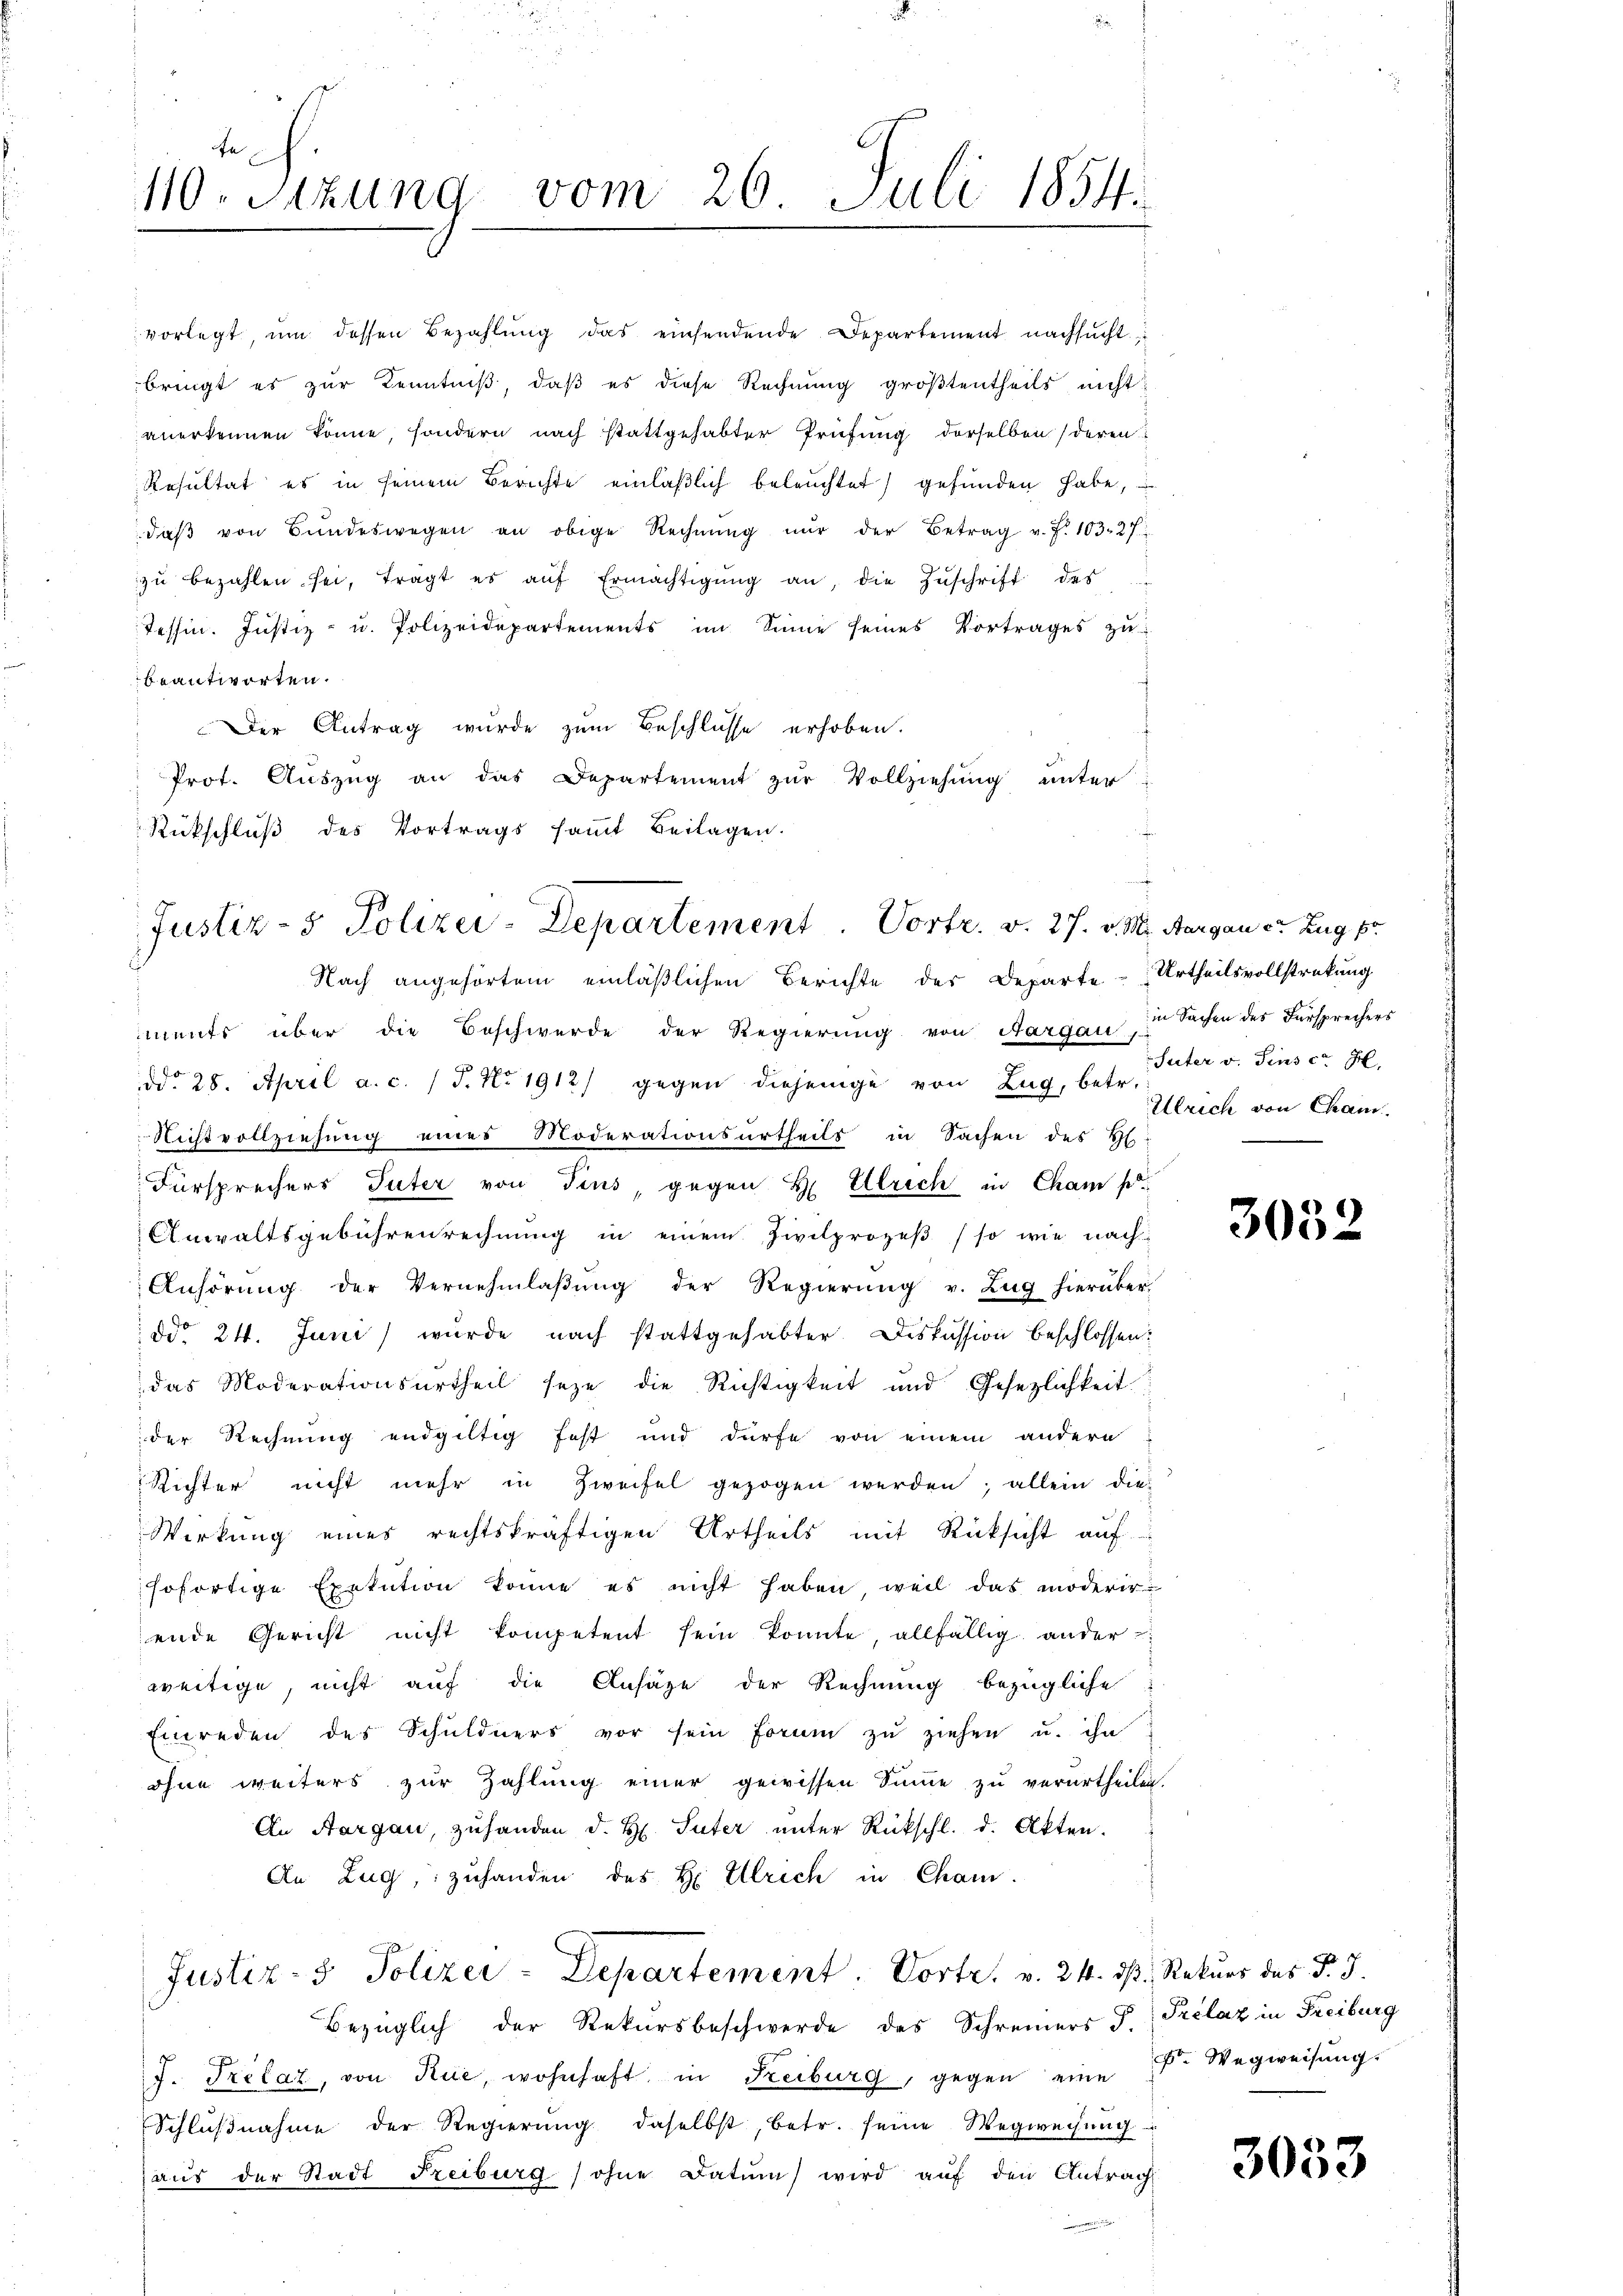
110. Sitzung vom 26. Juli 1854.

vorlegt, ŭm dessen Bezahlŭng das einsendende Departement nachsucht,
bringt es zur Kenntniß, daß es diese Rechnung größtentheils nicht

anerkennen könne, sondern nach stattgehabter Prüfung derselben (deren
Resultat es in seinem Berichte einläßlich beleuchtet) gefunden habe,
daβ von Bŭndeswegen an obige Rechnŭng nŭr der Betrag v. J. 103. 27
zŭ bezahlen sei, tragt es aŭf Ermächtigŭng an, die Zŭschrift des
Tessin. Justiz- u. Polizeidepartements im Sinne seines Vortrages zu
beantworten.
Der Antrag wurde zum Beschlüsse erhoben.
Prot. Aŭszŭg an das Departement zŭr Vollziehung unter
Rückschluß des Vortrags sammt Beilagen.

Justiz- & Polizei-Departement  .   Portr. v. 27. v. M. Aargau er Zug p
Nach angehörtem einläßlichen Berichte der Departe Urtheilsvollstreckung

ments über die Beschwerde der Regierung von Aargau,
ddo 28. April a. c. (T. No 1912) gegen diejenige von Zug, betr.
Nichtvollziehung eines Moderationsurtheils in Sachen des Hl.
Fürsprechers Guter von Tins, gegen H. Ulrich in Cham po
Anwaltsgebührenrechnŭng in einem Zivilprozeβ (so wie nach
Anhörŭng der Vernehmlaβŭng der Regierŭng v. Zŭg hierüber
Ddo 24. Juni wurde nach stattgehabter Diskussion beschlossen:
das Moderationsurtheil seze die Richtigkeit und Gesezlichkeit
der Rechnung endgültig fest und dürfe von einem andere
Richter nicht mehr in Zweifel gezogen werden; allein die-
Wirkung eines rechtskräftigen Urtheils mit Rücksicht auf
sofortige Exekution könne, es nicht haben, weil das moderir
ende Gericht nicht kompetent sein konnte, allfällig ander
weitige, nicht auf die Ansähe der Rechnung bezügliche
Einreden des Schuldners vor sein Form zu ziehen u. ihn
ohne weiters zur Zahlung einer gewissen Sinne zu verurtheilen.
An Aargau, zuhanden d. H. Suter unter Rückschl. d. Akten.
An Zug, zuhanden des H. Ulrich in Cham.
Justiz- & Polizei-Departement. Vorte. v. 24. ds. Rekurs des §. 3.

Bezüglich der Rekursbeschwerde des Schreiners J. Prélaz in Freiburg
J. Prelaz, von Rue, wohnhaft in Freiburg, gegen eine Fr. Wegweisung
Schlŭβnahme der Regierŭng daselbst, betr. seine Wegweisŭng
aus der Stadt Freiburg (ohne Datum wird auf den Antrag

in Sachen des Fürsprechers
Suter v. Pinscr H.
Ullrich von Cham.

3052

3053